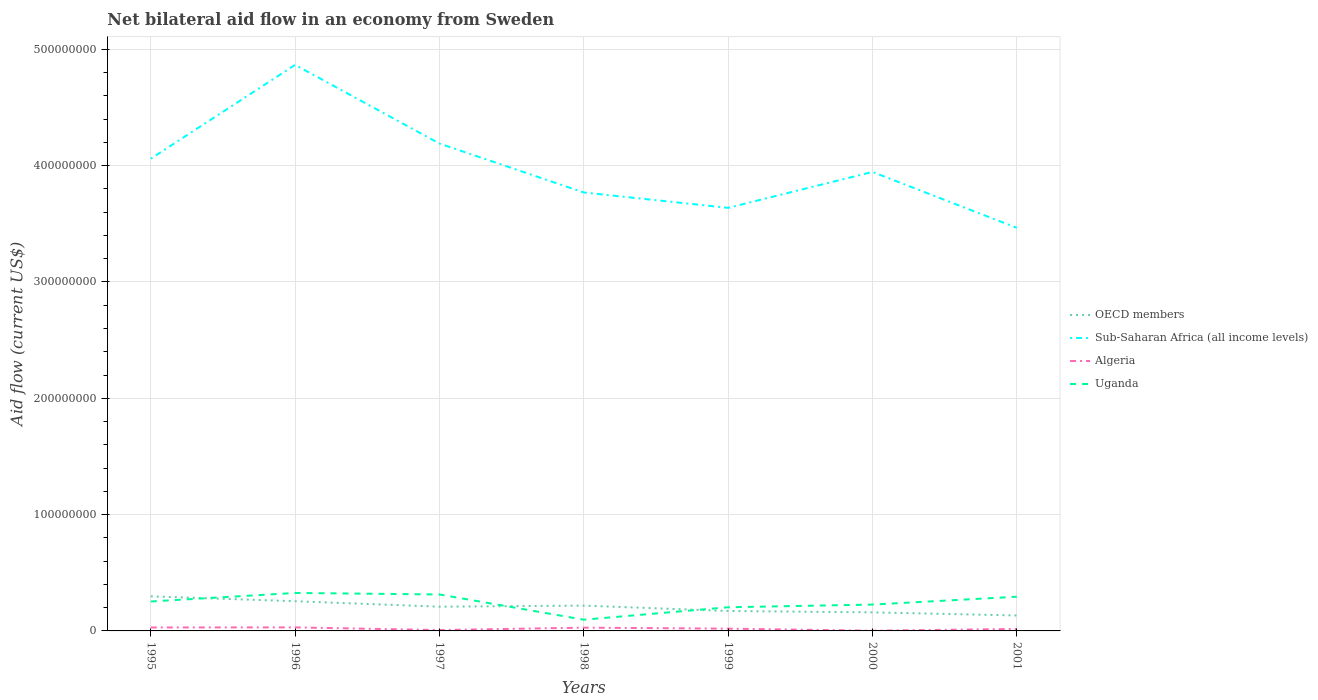
| Years | OECD members | Sub-Saharan Africa (all income levels) | Algeria | Uganda |
 | --- | --- | --- | --- | --- |
 | 1995 | 2.97e+07 | 4.06e+08 | 2.96e+06 | 2.53e+07 |
 | 1996 | 2.55e+07 | 4.87e+08 | 3.03e+06 | 3.26e+07 |
 | 1997 | 2.08e+07 | 4.19e+08 | 7.4e+05 | 3.13e+07 |
 | 1998 | 2.18e+07 | 3.77e+08 | 2.81e+06 | 9.65e+06 |
 | 1999 | 1.72e+07 | 3.64e+08 | 1.95e+06 | 2.03e+07 |
 | 2000 | 1.6e+07 | 3.95e+08 | 2e+05 | 2.26e+07 |
 | 2001 | 1.33e+07 | 3.47e+08 | 1.7e+06 | 2.94e+07 |